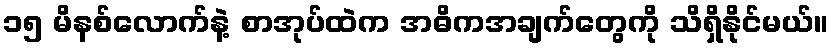
၁၅ မိနစ်လောက်နဲ့ စာအုပ်ထဲက အဓိကအချက်တွေကို သိရှိနိုင်မယ်။